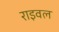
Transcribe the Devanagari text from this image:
राइवल